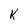
Character: k